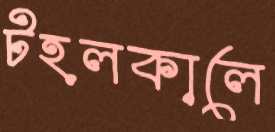
টহলকালে